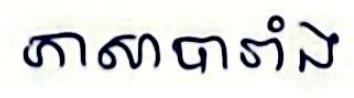
ភាសាបារាំង